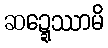
ဆဍ္ဍေဿာမိ